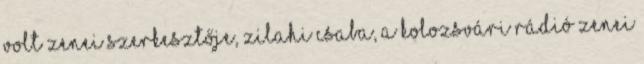
volt zenei szerkesztője, Zilahi Csaba, a Kolozsvári Rádió zenei